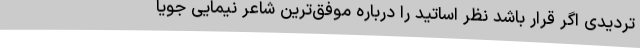
تردیدی اگر قرار باشد نظر اساتید را درباره موفق‌ترین شاعر نیمایی جویا